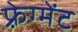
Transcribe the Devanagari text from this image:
फ़्रेग्मेंट